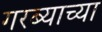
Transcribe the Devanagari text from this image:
गरब्याच्या